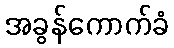
အခွန်ကောက်ခံ